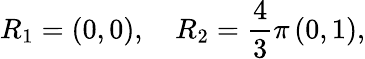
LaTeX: R_{1}=\left(0,0\right),\quad R_{2}=\frac{4}{3}\pi\left(0,1\right),